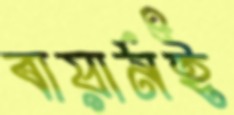
বায়ার্নই